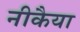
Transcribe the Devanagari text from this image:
नीकैया